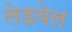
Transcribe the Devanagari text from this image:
लेडवेल